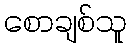
စောချစ်သူ